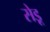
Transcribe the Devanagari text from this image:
सेडू